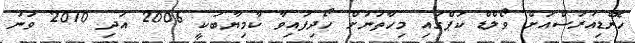
ހޮންޑިއުރަސްއަށް ވޯލްޑް ކަޕްގައި މިހާތަނަށް ހޯދިފައިވާ ކާމިޔާބަކީ 2006 އަދި 2010 ވަނަ